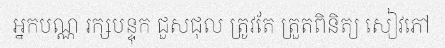
អ្នកបណ្ណ រក្សបន្ទុក ជួសជុល ត្រូវតែ ត្រួតពិនិត្យ សៀវភៅ